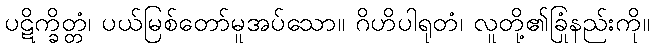
ပဋိက္ခိတ္တံ၊ ပယ်မြစ်တော်မူအပ်သော။ ဂိဟိပါရုတံ၊ လူတို့၏ခြုံနည်းကို။